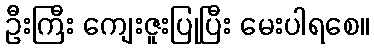
ဦးကြီး ကျေးဇူးပြုပြီး မေးပါရစေ။